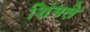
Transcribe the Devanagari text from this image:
शिंगले